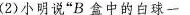
(2)小明说”B盒中的白球一